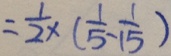
= \frac { 1 } { 2 } \times ( \frac { 1 } { 5 } - \frac { 1 } { 1 5 } )